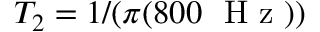
T _ { 2 } = 1 / ( \pi ( 8 0 0 ~ \mathrm { ~ H ~ z ~ } ) )